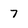
Character: 7